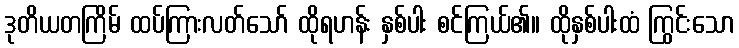
ဒုတိယတကြိမ် ထပ်ကြားလတ်သော် ထိုရဟန်း နှစ်ပါး စင်ကြယ်၏။ ထိုနှစ်ပါးထံ ကြွင်းသော